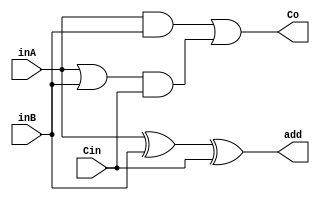
module fulladder(
        input inA, 
		input inB, 
        input Cin,
        
		output add,
		output Co
 	); 

    assign add = inA ^ inB ^ Cin;
	assign Co = (inA & inB) | ((inA | inB) & Cin);

 endmodule